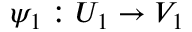
\psi _ { 1 } : U _ { 1 } \to V _ { 1 }